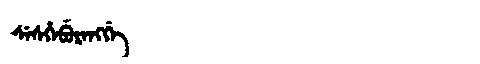
Manchu: ᠰᡝᠰᡥᡝᠪᡠᡵᡝᠩᡤᡝ
Romanization: SESHEBURENGGE